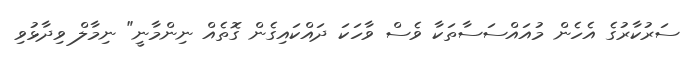
ސަރުކާރުގެ އެހެން މުއައްސަސާތަކާ ވެސް ވާހަކަ ދައްކަައިގެން ގޮތެއް ނިންމާނީ" ނިމާލް ވިދާޅުވި